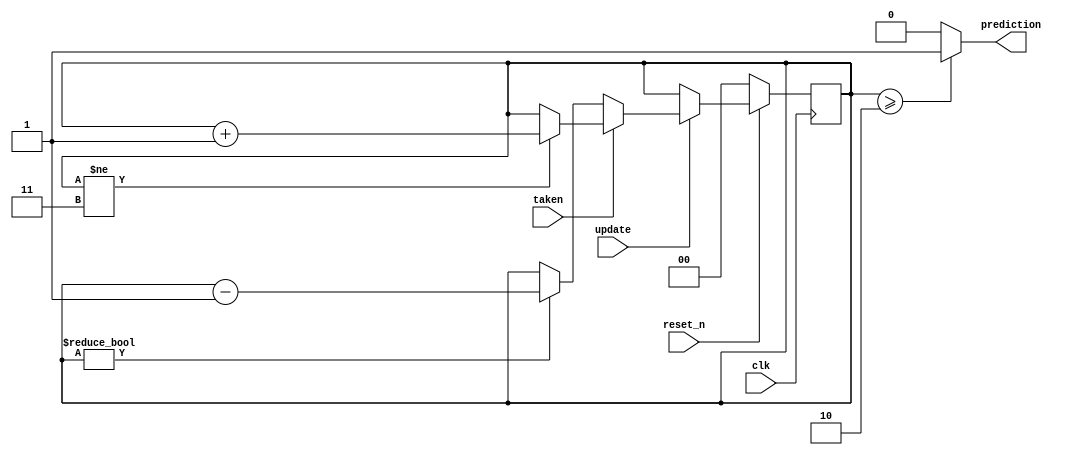
module sat_counter(taken, update, prediction, clk, reset_n);

	input taken;
	input update;
	output prediction;
	input clk;
	input reset_n;

	reg [1:0] counter;

	/* 	If counter value is 2 or 3, predict to take.
		Otherwise, predict to not take.					*/
	assign prediction = (counter >= 2) ? 1 : 0;

	always @ (posedge clk) begin
		if(!reset_n) begin
			counter <= 0;
		end
		else begin
			if(update) begin
				if(taken) begin                // if branch is taken, increment counter
					if(counter != 2'b11)
						counter = counter + 1;
				end
				else begin
					if(counter != 2'b00)       // if branch is not taken, decrement counter
						counter = counter - 1;
				end
			end
		end
	end
	
endmodule